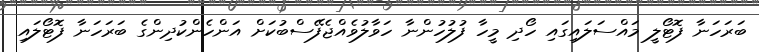
ބަރަހަނާ ފޮޓޯލީ މައްސަލައިގައި ހޯދި މީހާ ފުލުހުންނާ ހަވާލުވެއްޖެފޭސްބުކަށް އަންހެންކުދިންގެ ބަރަހަނާ ފޮޓޯލައި